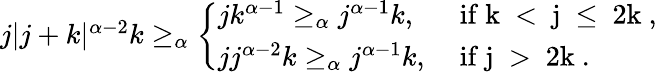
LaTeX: \begin{array}{r}{j|j+k|^{\alpha-2}k\ge_{\alpha}\left\{ \begin{array}{ll}{jk^{\alpha-1}\ge_{\alpha}j^{\alpha-1}k,}&{\mathrm{~if~k~<~j~\le~2k~,}}\\ {jj^{\alpha-2}k\ge_{\alpha}j^{\alpha-1}k,}&{\mathrm{~if~j~>~2k~.}}\end{array}\right.}\end{array}